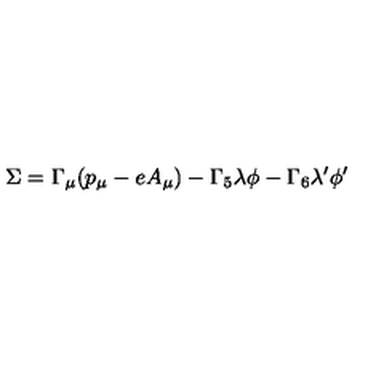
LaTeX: \Sigma = \Gamma _ { \mu } ( p _ { \mu } - e A _ { \mu } ) - \Gamma _ { 5 } \lambda \phi - \Gamma _ { 6 } \lambda ^ { \prime } \phi ^ { \prime }